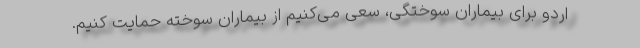
اردو برای بیماران سوختگی، سعی می‌کنیم از بیماران سوخته حمایت کنیم.